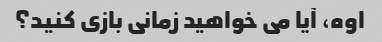
اوه، آیا می خواهید زمانی بازی کنید؟